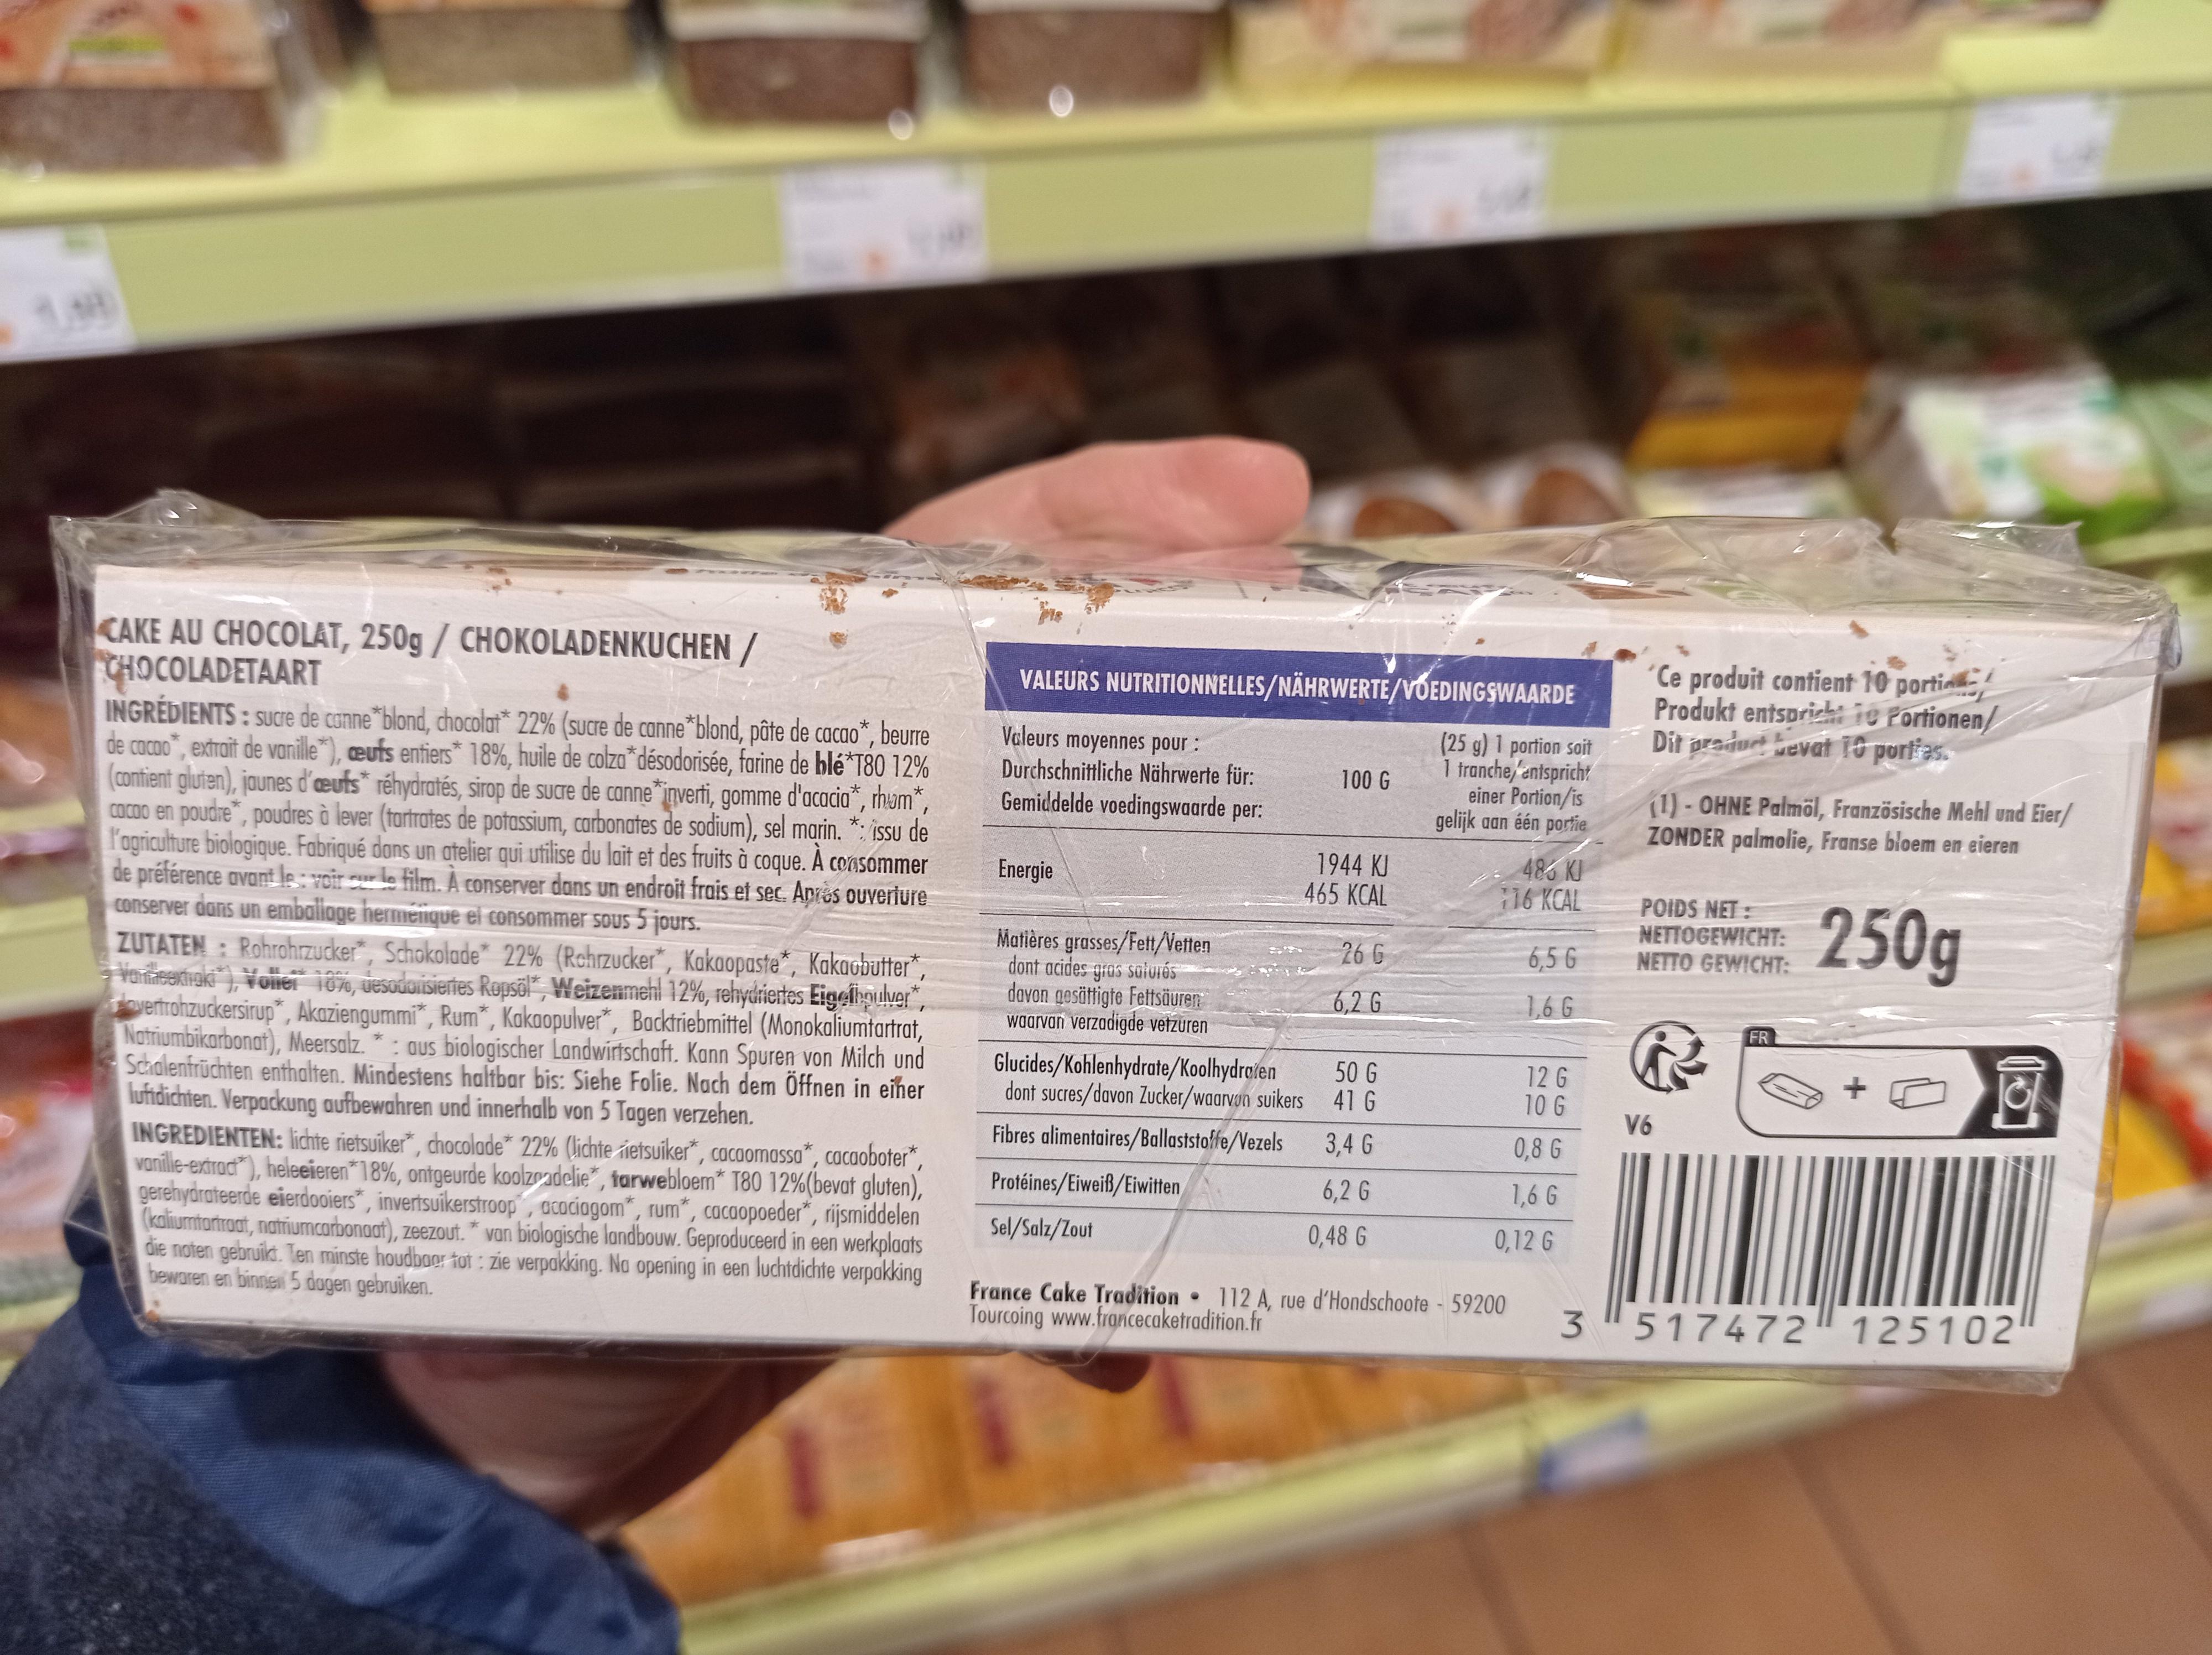
18
CAKE AU CHOCOLAT, 250g/ CHOKOLADENKUCHEN/ CHOCOLADETAART
INGREDIENTS: sucre de canne blond, chocolat* 22% (sucre de canne *blond, pâte de cacao*, beurre de cacao*, extrait de vanille*), ceufs entiers* 18%, huile de colza désodorisée, farine de blé T80 12% (contient gluten), jaunes d'œufs réhydratés, sirop de sucre de canne*inverti, gomme d'acacia*, rhum*, cacao en poudre*, poudres à lever (tartrates de potassium, carbonates de sodium), sel marin. *: issu de l'agriculture biologique. Fabriqué dans un atelier qui utilise du lait et des fruits à coque. À consommer de préférence avant le: voir le film. A conserver dans un endroit frais et sec. Après ouverture conserver dans un emballage hermenique el consommer sous 5 jours.
ZUTATEN: Rohrohrzucker, Schokolade 22% (Rohrzucker*, Kakoopaste*, Kakaobutter*, Yambodiaki), Voller 10%, desodorisiertes Ropsöl", Weizenmehl 12%, rehydriertes Eighpulver* vertrohzuckersirup, Akaziengummi*, Rum*, Kakaopulver*, Backtriebmittel (Monokaliumtartrat, Natriumbikarbonat), Meersalz.*: aus biologischer Landwirtschaft. Kann Spuren von Milch und Schalenfrüchten enthalten. Mindestens haltbar bis: Siehe Folie. Nach dem Öffnen in einer lufidichten. Verpackung aufbewahren und innerhalb von 5 Tagen verzehen.
INGREDIENTEN: lichte rietsuiker*, chocolade* 22% (lichte ietsuiker*, cacaomassa*, cacaoboter*, vanille-extract), heleeieren*18%, ontgeurde koolzadelie*, tarwebloem* T80 12% (bevat gluten), gerehydrateerde eierdooiers, invertsuikerstroop, acaciagom, rum", cacaopoeder*, rijsmiddelen (kaliumtartraat, natriumcarbonaat), zeezout.* van biologische landbouw. Geproduceerd in een werkplaats die noten gebruikt. Ten minste houdbaar tot: zie verpakking. Na opening in een luchtdichte verpakking bewaren en binnen 5 dagen gebruiken.
Pre
VALEURS NUTRITIONNELLES/NÄHRWERTE/VOEDINGSWAARDE
Valeurs moyennes pour : Durchschnittliche Nährwerte für: Gemiddelde voedingswaarde per:
Energie
Matières grasses/Fett/Vetten dont acides gras saturés davon gesättigte Fettsäuren waarvan verzadigde vetzuren
Glucides/Kohlenhydrate/Koolhydraten
dont sucres/davon Zucker/waarvon suikers Fibres alimentaires/Ballaststoffe/Vezels
Protéines/Eiweiß/Eiwitten
Sel/Salz/Zout
100 G
1944 KJ 465 KCAL
26 G
6,2 G
50 G
41 G
3,4 G
6,2 G
0,48 G
(25 g) 1 portion soit 1 tranche entspricht
einer Portion/is gelijk aan één portie 485 KJ
716 KCAL
6,56
1,6 G
12 G
10 G
0,8 G
1,6 G
0,12 G
France Cake Tradition 112 A, rue d'Hondschoote- 59200 Tourcoing www.francecaketradition.fr
3
Ce produit contient 10 portic Produkt entspricht te Portionen/
Dit product bevat 10 porties.
(1)-OHNE Palmöl, Französische Mehl und Eier/ ZONDER palmolie, Franse bloem en eieren
250g
POIDS NET: NETTOGEWICHT: NETTO GEWICHT:
&
V6
FR
+
Jol
&
517472 125102